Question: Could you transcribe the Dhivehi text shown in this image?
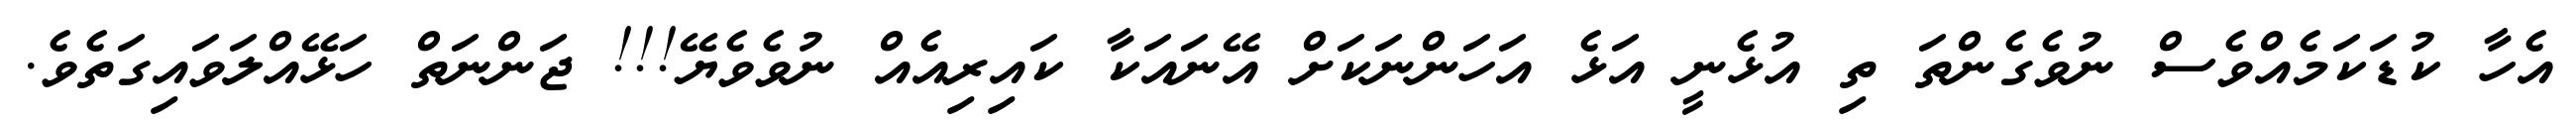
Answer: އެހާ ކުޑަކަމެއްވެސް ނުވެގެންތަ ތި އުޅެނީ އަޅެ އަހަންނަކަށް އޭނައަކާ ކައިރިއެއް ނުވެވެޔޭ!!! ޖަންނަތް ހަޅޭއްލަވައިގަތެވެ.